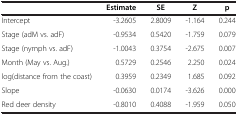
<table><thead><tr><td><b> </b></td><td><b>Estimate</b></td><td><b>SE</b></td><td><b>Z</b></td><td><b>p</b></td></tr></thead><tbody><tr><td>Intercept</td><td>-3.2605</td><td>2.8009</td><td>-1.164</td><td>0.244</td></tr><tr><td>Stage (adM vs. adF)</td><td>-0.9534</td><td>0.5420</td><td>-1.759</td><td>0.079</td></tr><tr><td>Stage (nymph vs. adF)</td><td>-1.0043</td><td>0.3754</td><td>-2.675</td><td>0.007</td></tr><tr><td>Month (May vs. Aug.)</td><td>0.5729</td><td>0.2546</td><td>2.250</td><td>0.024</td></tr><tr><td>log(distance from the coast)</td><td>0.3959</td><td>0.2349</td><td>1.685</td><td>0.092</td></tr><tr><td>Slope</td><td>-0.0630</td><td>0.0174</td><td>-3.626</td><td>0.000</td></tr><tr><td>Red deer density</td><td>-0.8010</td><td>0.4088</td><td>-1.959</td><td>0.050</td></tr></tbody></table>